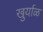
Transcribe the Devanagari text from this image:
खुर्याळ